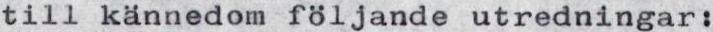
till kännedom följande utredningar: